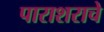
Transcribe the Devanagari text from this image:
पाराशराचे